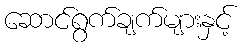
ဆောင်ရွက်ချက်များနှင့်